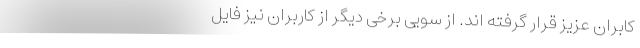
کابران عزیز قرار گرفته اند. از سویی برخی دیگر از کاربران نیز فایل